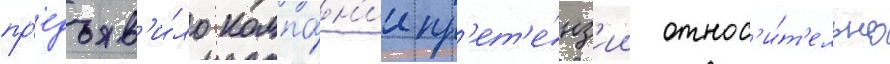
пр'едъяв'и́ло компа́н'ии пр'ет'е́нз'ии относ'и́т'ельно